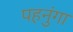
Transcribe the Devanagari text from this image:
पहनुंगा